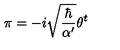
\pi = - i \sqrt { \frac { \hbar } { \alpha ^ { \prime } } } \theta ^ { t }